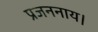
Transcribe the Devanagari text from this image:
प्रजननाय।